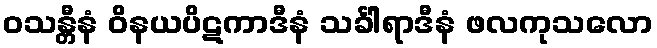
ဝသန္တီနံ ဝိနယပိဋကာဒီနံ သင်္ခါရာဒီနံ ဖလကုသလော